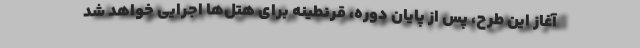
آغاز این طرح، پس از پایان دوره، قرنطینه برای هتل‌ها اجرایی خواهد شد